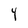
Character: Y